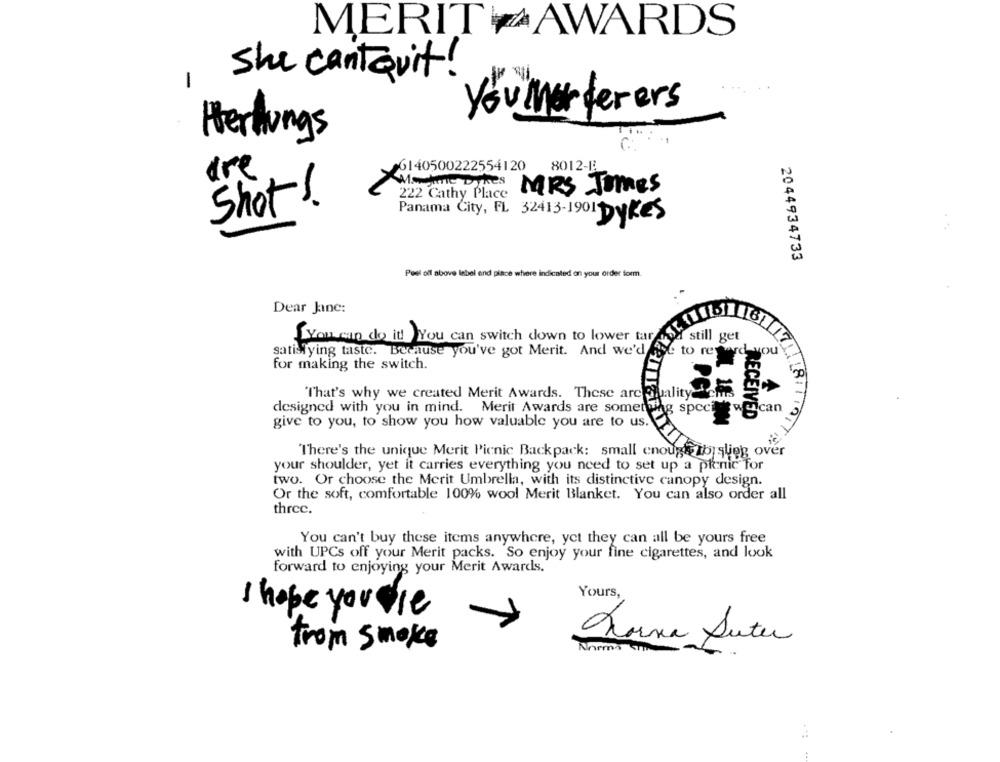
MERITZAWARDS
She cantquit!
1
you Merterers
Herlungs
8012-13
are
0140500222554120
MRS Jomes
222 Cathy Place
Shot !.
Panama City, FL 32413-1901 Dykes
2044934733
Peel off above label end place where indicated on your order form.
Dear Jane:
[ You can do it You can switch down to lower tar
satisfying taste. Because you've got Merit. And we'd
for making the switch.
"That's why we created Merit Awards. These are Quality is
101
designed with you in mind. Merit Awards are somethy
Pg specie wgican
RECEIVED
give to you, to show you how valuable you are to us.
There's the unique Merit Picnic Backpack: small enough to stieg over
your shoulder, yet it carries everything you need to set up a picnic for
two. Or choose the Merit Umbrella, with its distinctive canopy design.
Or the soft, comfortable 100% wool Merit Blanket. You can also order all
three.
You can't buy these items anywhere, yet they can all be yours free
with UPCs off your Merit packs. So enjoy your fine cigarettes, and look
forward to enjoying your Merit Awards."
Yours,
I hope you die
from smoke
Torna Suter